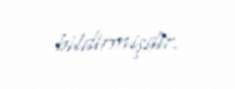
bildirmişdir.